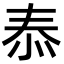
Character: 㤗